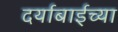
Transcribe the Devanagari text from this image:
दर्याबाईच्या